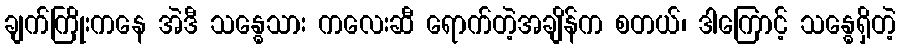
ချက်ကြိုးကနေ အဲဒီ သန္ဓေသား ကလေးဆီ ရောက်တဲ့အချိန်က စတယ်၊ ဒါကြောင့် သန္ဓေရှိတဲ့